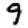
Digit: 9